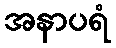
အနာပရံ